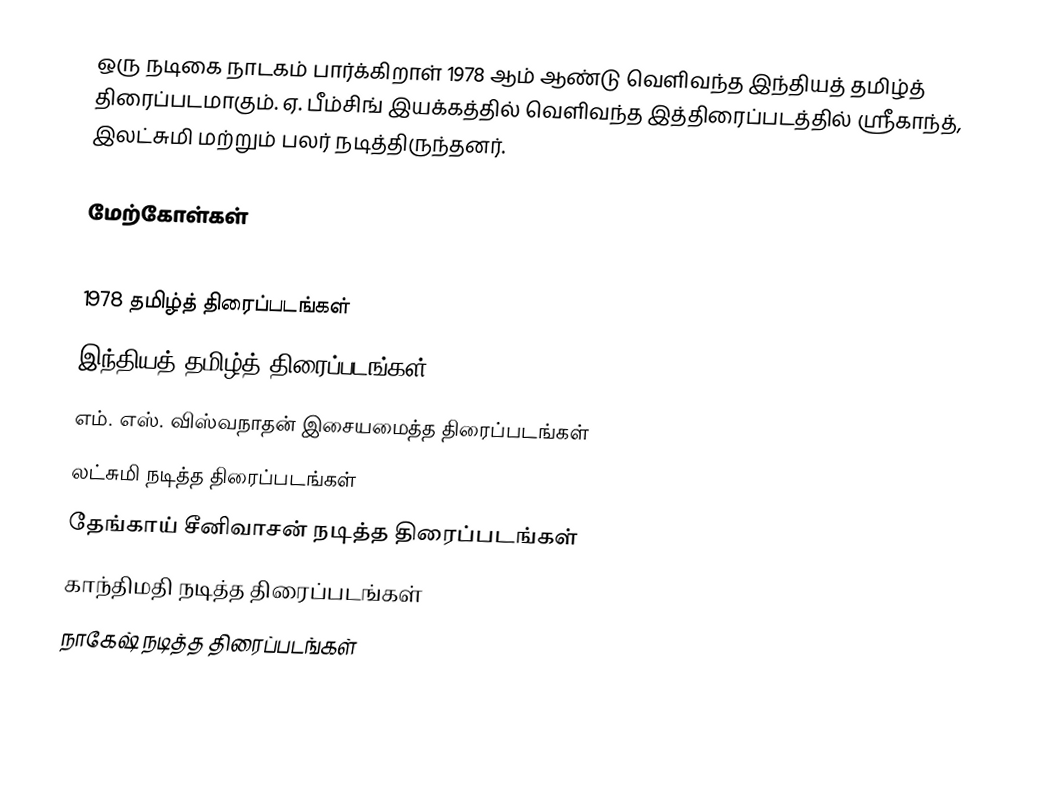
ஒரு நடிகை நாடகம் பார்க்கிறாள் 1978 ஆம் ஆண்டு வெளிவந்த இந்தியத் தமிழ்த் திரைப்படமாகும். ஏ. பீம்சிங் இயக்கத்தில் வெளிவந்த இத்திரைப்படத்தில் ஸ்ரீகாந்த், இலட்சுமி மற்றும் பலர் நடித்திருந்தனர்.

மேற்கோள்கள்

1978 தமிழ்த் திரைப்படங்கள்
இந்தியத் தமிழ்த் திரைப்படங்கள்
எம். எஸ். விஸ்வநாதன் இசையமைத்த திரைப்படங்கள்
லட்சுமி நடித்த திரைப்படங்கள்
தேங்காய் சீனிவாசன் நடித்த திரைப்படங்கள்
காந்திமதி நடித்த திரைப்படங்கள்
நாகேஷ் நடித்த திரைப்படங்கள்